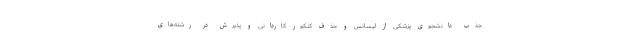
جذب دانشجوی پزشکی از لیسانس و حذف کنکور کاردانی و پذیرش در رشته‌های